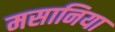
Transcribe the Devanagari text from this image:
मसानिया